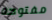
مفتوحة